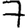
Digit: 7